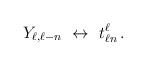
\begin{align*} Y_{\ell,\ell-n} \ \leftrightarrow \ t^\ell_{\ell n}\,.\end{align*}